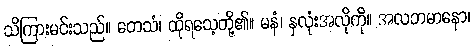
သိကြားမင်းသည်။ တေသံ၊ ထိုရသေ့တို့၏။ မနံ၊ နှလုံးအလိုကို။ အလဘမာနော၊